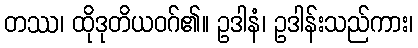
တဿ၊ ထိုဒုတိယဝဂ်၏။ ဥဒါနံ၊ ဥဒါန်းသည်ကား၊